Plague in India, 1896, 1897 - Volume 2
Year: 1896
Disease focus: Plague
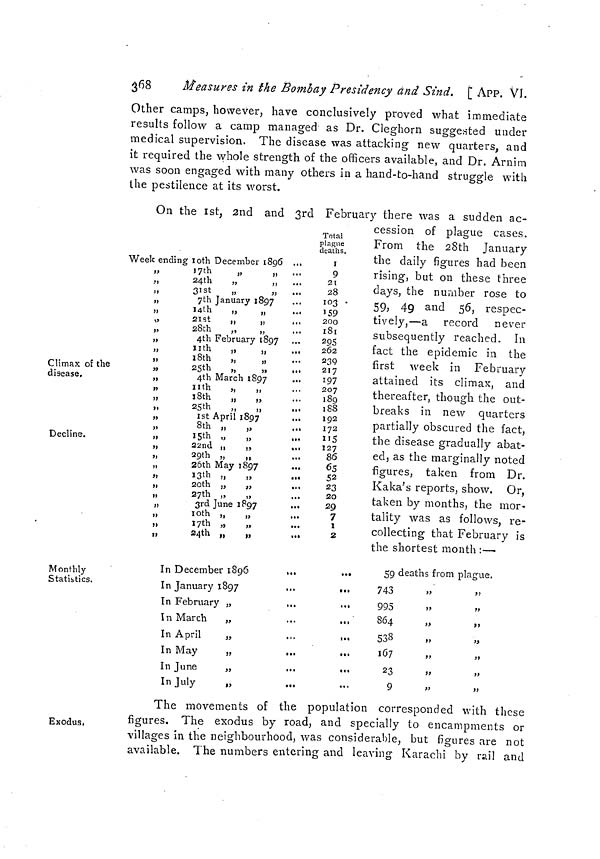
368
Measures in the Bombay Presidency and Sind, [ APP. VI.
Other camps, however, have conclusively proved what immediate
results follow a camp managed as Dr. Cleghorn suggested under
medical supervision. The disease was attacking new quarters, and
it required the whole strength of the officers available, and Dr. Arnim
was soon engaged with many others in a hand-to-hand struggle with
the pestilence at its worst.
On the 1st, 2nd and 3rd February there was a sudden ac-
Climax of the
disease.
Decline.
Week ending 10th December 1896 ...
„
17th
„
„
24th
„
„
...
„
31st
„
„
„
7th January 1897
„
14th
,,
„
...
2ISt
,,
„
28th
„
„
4th February 1897
11th „
,
18th
„
,
25th
„
4th March 1897
nth
„
,
18th
„
,
25th
„
,
1st April 1897
8th „
1 5th »
.
22nd ,,
29th „
„
26th May 1897
I3th „
„
20th „
,
27th „
3rd June 1897
10th
„
,
1 7th
,
24th „
Total
plague
deaths.
1
9
21
28
103
159
200
181
295
262
239
217
197
207
189
188
192
172
115
127
86
65
52
23
20
29
7
i
2
cession of plague cases.
From the 28th January
the daily figures had been
rising, but on these three
days, the number rose to
59, 49 and 56, respec-
tively,—a record never
subsequently reached. In
fact the epidemic in the
first week in February
attained its climax, and
thereafter, though the out-
breaks in new quarters
partially obscured the fact,
the disease gradually abat-
ed, as the marginally noted
figures, taken from Dr.
Kaka's reports, show. Or,
taken by months, the mor'
tality was as follows, re-
collecting that February is
the shortest month :—
Monthly
Statistics.
In December 1896
...
In January 1897
In February „
...
In March
„
In April
„
In May
„
In June
,,
In July
„
59 deaths from
743
995
864
538
167
23
9
plague.
Exodus.
The movements of the population corresponded with these
figures. The exodus by road, and specially to encampments or
villages in the neighbourhood, was considerable, but figures are not
available. The numbers entering and leaving Karachi by rail and